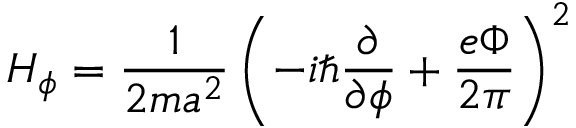
H _ { \phi } = \frac { 1 } { 2 m a ^ { 2 } } \left( - i \hbar \frac { \partial } { \partial \phi } + \frac { e \Phi } { 2 \pi } \right) ^ { 2 }